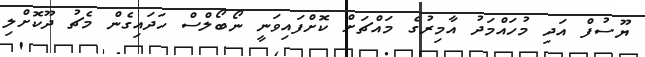
ޔޫސުފް އަދި މުހައްމަދު އާމިރުގެ މައްޗަށް ކޮށްފައިވަނީ ނޯބޯލްސް ހަދައިގެން މެޗު ދޫކޮށްލި